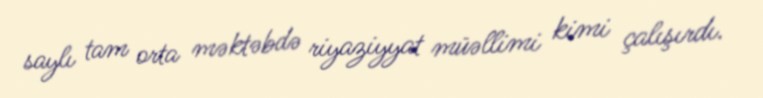
saylı tam orta məktəbdə riyaziyyat müəllimi kimi çalışırdı.